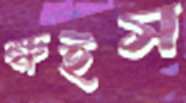
ক্ষইস